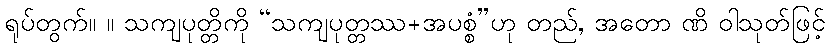
ရုပ်တွက်။ ။ သကျပုတ္တိကို “သကျပုတ္တဿ+အပစ္စံ”ဟု တည်, အတော ဏိ ဝါသုတ်ဖြင့်